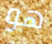
هو